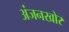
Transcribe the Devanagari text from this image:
अंजनखोर